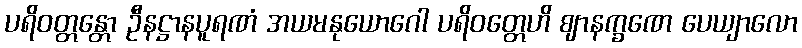
ပရိဝတ္တန္တော ဦနဋ္ဌာနပူရဏံ အယမနုယောဂေါ ပရိဝတ္တေဟိ ဈာနက္ခဏေ ပေယျာလော